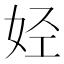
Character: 𫰛